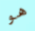
هو